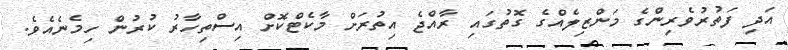
އަދި ފަތުރުވެރިންގެ މަންޒިލެއްގެ ގޮތުގައި ރާއްޖެ އިތުރަށް މާކެޓްކޮށް އިސްތިހާރު ކުރުން ހިމެނެއެވެ.